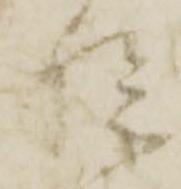
院